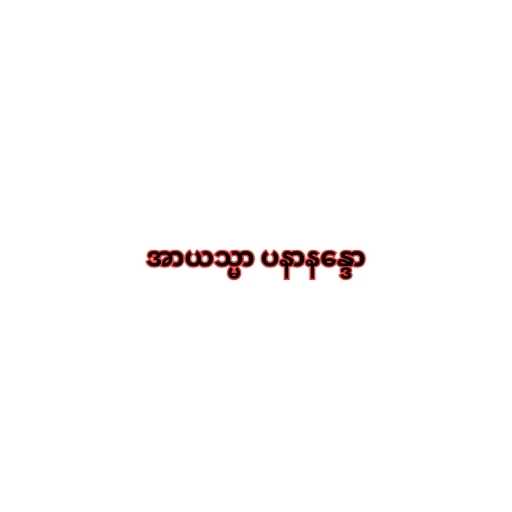
အာယသ္မာ ပနာနန္ဒော